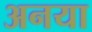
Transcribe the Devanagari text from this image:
अनया